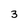
Character: 3